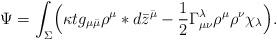
LaTeX: \begin{align*}\Psi = \int_\Sigma \Bigl(\kappa tg_{\mu\bar\mu}\rho^\mu*d\bar z^{\bar\mu} -\frac{1}{2} \Gamma^\lambda_{\mu\nu}\rho^\mu\rho^\nu\chi_\lambda\Bigr).\end{align*}